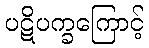
ပဋိပက္ခကြောင့်